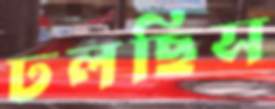
ঢলছিস